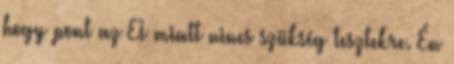
hogy pont az EI miatt nincs szükség tesztekre. Én